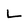
Character: L